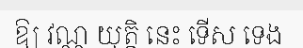
ឱ្យ វណ្ណ យុត្តិ នេះ ទើស ទេង